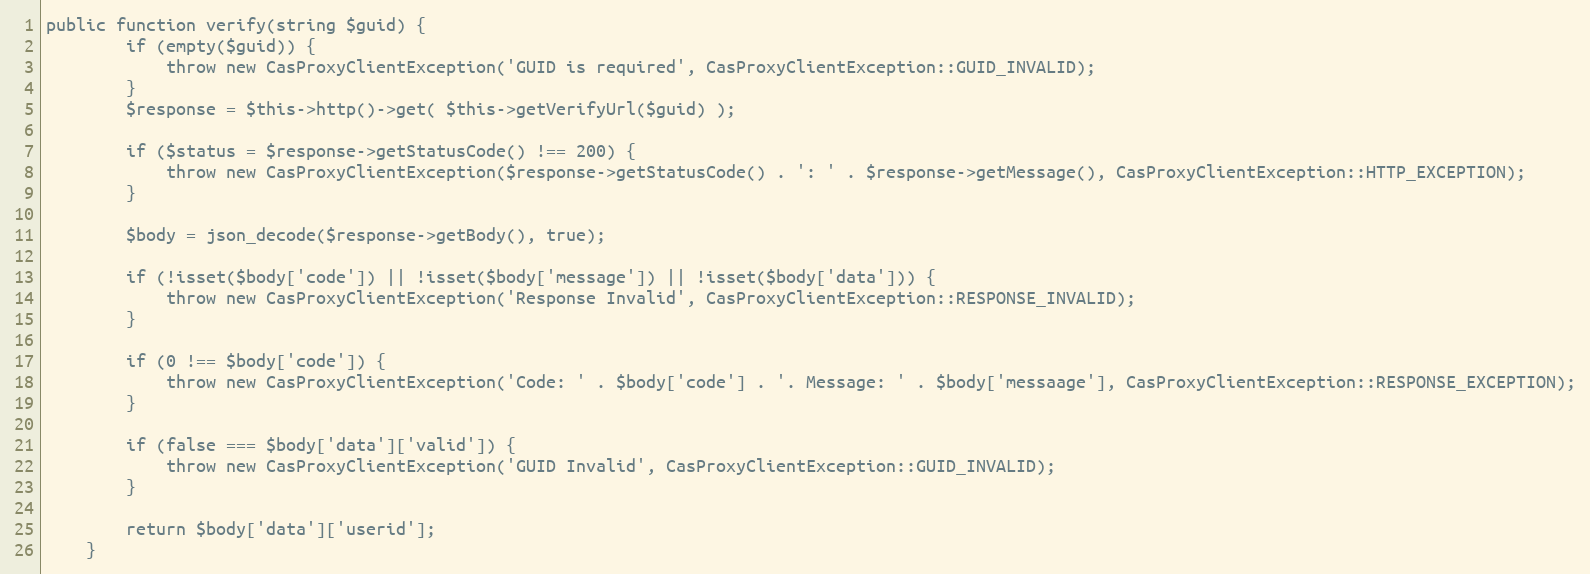
Language: PHP
public function verify(string $guid) {
        if (empty($guid)) {
            throw new CasProxyClientException('GUID is required', CasProxyClientException::GUID_INVALID);
        }
        $response = $this->http()->get( $this->getVerifyUrl($guid) );

        if ($status = $response->getStatusCode() !== 200) {
            throw new CasProxyClientException($response->getStatusCode() . ': ' . $response->getMessage(), CasProxyClientException::HTTP_EXCEPTION);
        }

        $body = json_decode($response->getBody(), true);

        if (!isset($body['code']) || !isset($body['message']) || !isset($body['data'])) {
            throw new CasProxyClientException('Response Invalid', CasProxyClientException::RESPONSE_INVALID);
        }

        if (0 !== $body['code']) {
            throw new CasProxyClientException('Code: ' . $body['code'] . '. Message: ' . $body['messaage'], CasProxyClientException::RESPONSE_EXCEPTION);
        }

        if (false === $body['data']['valid']) {
            throw new CasProxyClientException('GUID Invalid', CasProxyClientException::GUID_INVALID);
        }

        return $body['data']['userid'];
    }